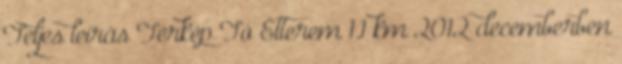
Teljes leírás Térkép Tó Étterem 1.1 km 2012 decemberben